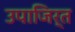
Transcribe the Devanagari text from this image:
उपाजिर्त